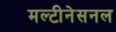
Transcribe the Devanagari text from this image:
मल्टीनेसनल